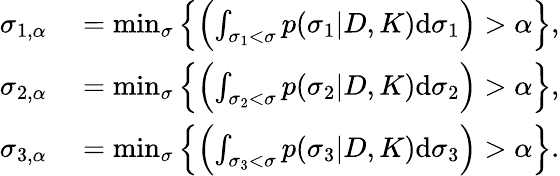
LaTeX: \begin{array}{rl}{\sigma_{1,\alpha}}&{{}=\operatorname*{min}_{\sigma}\left\{ \left(\int_{\sigma_{1}<\sigma}p(\sigma_{1}|D,K)\textup{d}\sigma_{1}\right)>\alpha\right\} ,}\\ {\sigma_{2,\alpha}}&{{}=\operatorname*{min}_{\sigma}\left\{ \left(\int_{\sigma_{2}<\sigma}p(\sigma_{2}|D,K)\textup{d}\sigma_{2}\right)>\alpha\right\} ,}\\ {\sigma_{3,\alpha}}&{{}=\operatorname*{min}_{\sigma}\left\{ \left(\int_{\sigma_{3}<\sigma}p(\sigma_{3}|D,K)\textup{d}\sigma_{3}\right)>\alpha\right\} .}\end{array}